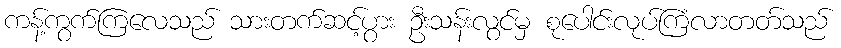
ကန့်ကွက်ကြလေသည် သားတက်ဆင့်ပွား ဦးသန်းလွင်မှ စုပေါင်းလုပ်ကြံလာတတ်သည်